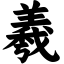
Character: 羲